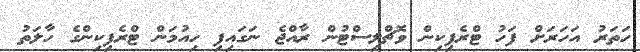
ހަތަރު އަހަރަށް ފަހު ޓްރެފިކިން ވޮޗްލިސްޓުން ރާއްޖެ ނަގައިފި ހިއުމަން ޓްރެފިކިންގެ ހާލަތު